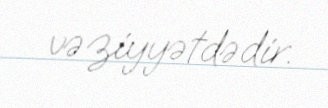
vəziyyətdədir.